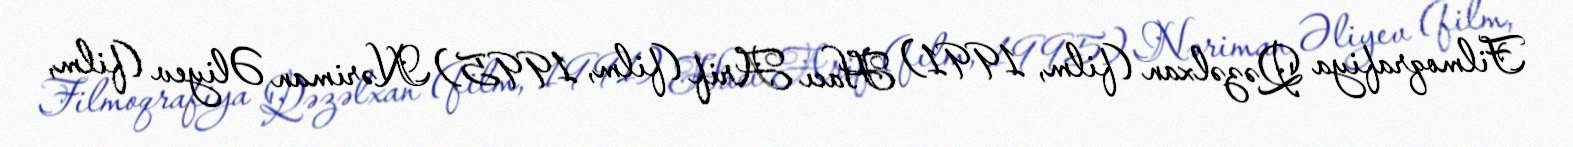
Filmoqrafiya Qəzəlxan (film, 1991) Hacı Arif (film, 1995) Nəriman Əliyev (film,